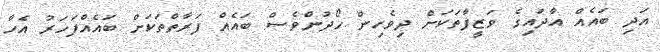
އަދި ބައެއް އާދައިގެ ވަޒީފާތަކަށް ދިވެހިން ހޯދުންވެސް ބައެއް ފަރާތްތަކަށް ބައެއްފަހަރު އެހާ